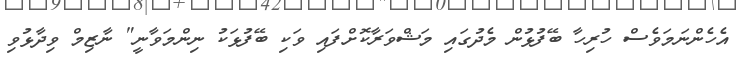
އެހެންނަމަވެސް ހުރިހާ ބޭފުޅުން މެދުގައި މަޝްވަރާކޮށްފައި ވަކި ބޭފުޅަކު ނިންމަވާނީ" ނާޒިމް ވިދާޅުވި